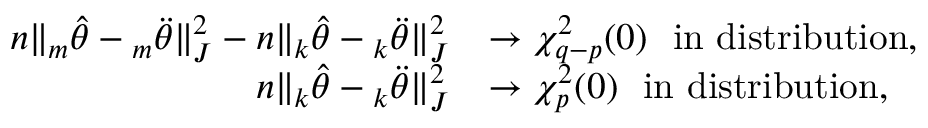
\begin{array} { r l } { n \| { _ m \hat { \theta } } - { _ m \ddot { \theta } } \| _ { J } ^ { 2 } - n \| { _ k \hat { \theta } } - { _ k \ddot { \theta } } \| _ { J } ^ { 2 } } & { \rightarrow \chi _ { q - p } ^ { 2 } ( 0 ) ~ ~ \mathrm { i n ~ d i s t r i b u t i o n } , } \\ { n \| { _ k \hat { \theta } } - { _ k \ddot { \theta } } \| _ { J } ^ { 2 } } & { \rightarrow \chi _ { p } ^ { 2 } ( 0 ) ~ ~ \mathrm { i n ~ d i s t r i b u t i o n } , } \end{array}